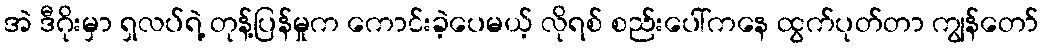
အဲ ဒီဂိုးမှာ ရှလပ်ရဲ့ တုန့်ပြန်မှုက ကောင်းခဲ့ပေမယ့် လိုရစ် စည်းပေါ်ကနေ ထွက်ပုတ်တာ ကျွန်တော်